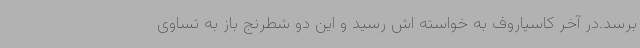
برسد.در آخر کاسپاروف به خواسته اش رسید و این دو شطرنج باز به تساوی